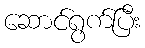
ဆောင်ရွက်ပြီး